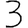
Digit: 3